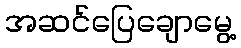
အဆင်ပြေချောမွေ့